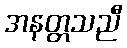
အနတ္တသညီ